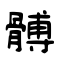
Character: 髆